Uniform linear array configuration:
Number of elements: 24
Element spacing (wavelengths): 0.75
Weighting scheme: blackman
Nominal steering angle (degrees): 15
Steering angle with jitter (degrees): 13.843
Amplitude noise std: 0.05
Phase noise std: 0.05

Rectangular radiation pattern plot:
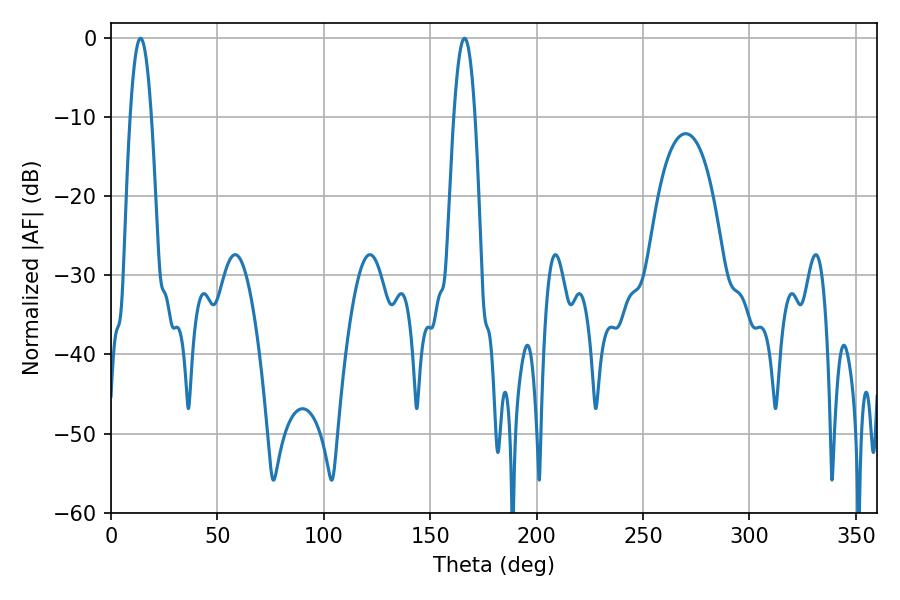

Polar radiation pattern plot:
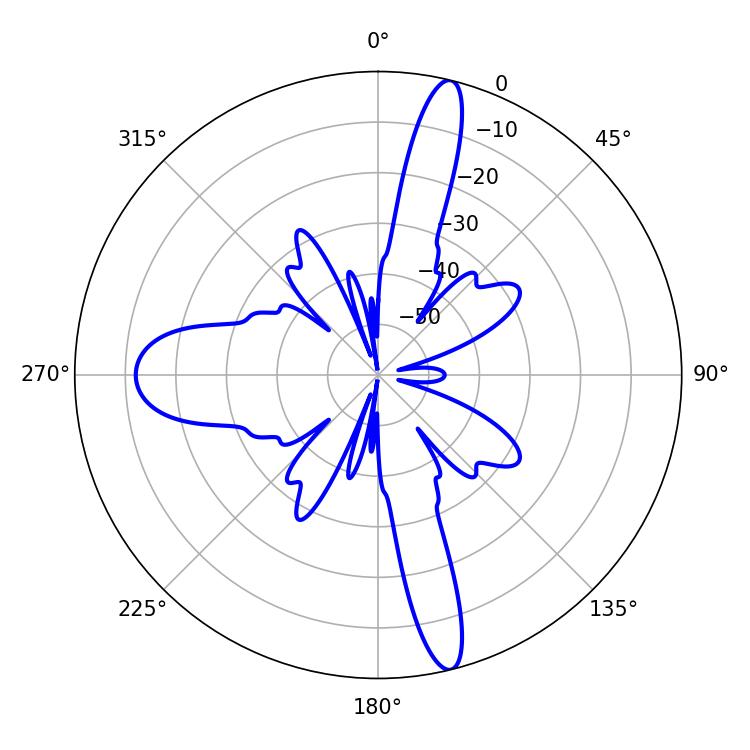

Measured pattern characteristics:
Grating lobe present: TRUE
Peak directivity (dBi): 18.035
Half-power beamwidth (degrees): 5.4
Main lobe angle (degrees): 13.86